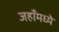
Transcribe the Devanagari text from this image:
जहाँमध्ये